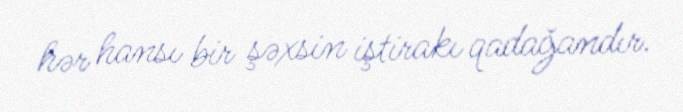
hər hansı bir şəxsin iştirakı qadağandır.